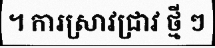
។ ការស្រាវជ្រាវ ថ្មី ៗ